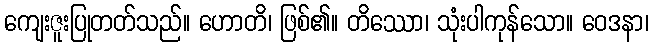
ကျေးဇူးပြုတတ်သည်။ ဟောတိ၊ ဖြစ်၏။ တိဿော၊ သုံးပါကုန်သော။ ဝေဒနာ၊